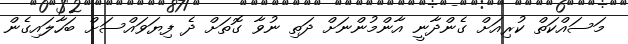
މަސައްކަތް ކުރިއަަށް ގެންދާނީ އާންމުންނަށް ދަތި ނުވާ ގޮތަށް ދެ ފިޔަވައްސަށް ބަހާލައިގެން